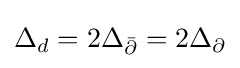
\Delta _{d}=2\Delta _{\bar {\partial }}=2\Delta _{\partial }